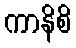
ကာနိစိ